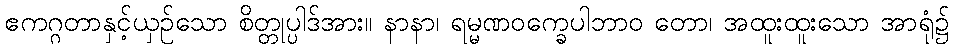
ဧကဂ္ဂတာနှင့်ယှဉ်သော စိတ္တုပ္ပါဒ်အား။ နာနာ၊ ရမ္မဏဝက္ခေပါဘာဝ တော၊ အထူးထူးသော အာရုံ၌